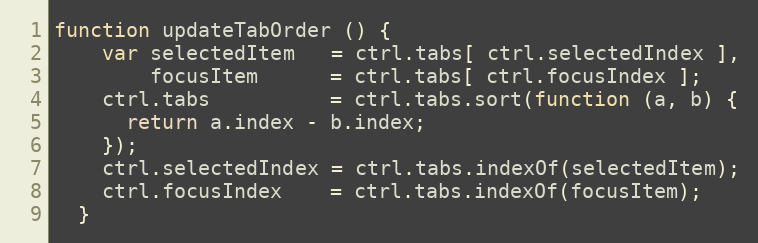
Language: JavaScript
function updateTabOrder () {
    var selectedItem   = ctrl.tabs[ ctrl.selectedIndex ],
        focusItem      = ctrl.tabs[ ctrl.focusIndex ];
    ctrl.tabs          = ctrl.tabs.sort(function (a, b) {
      return a.index - b.index;
    });
    ctrl.selectedIndex = ctrl.tabs.indexOf(selectedItem);
    ctrl.focusIndex    = ctrl.tabs.indexOf(focusItem);
  }